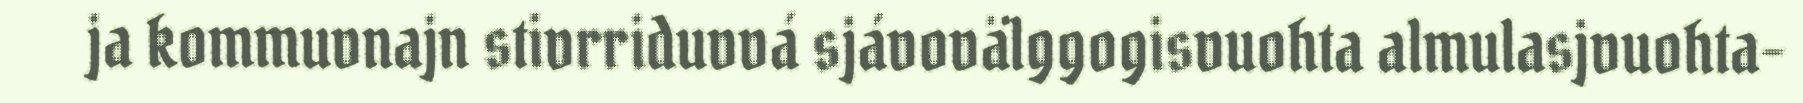
ja kommuvnajn stivrriduvvá sjávovälggogisvuohta almulasjvuohta-